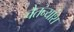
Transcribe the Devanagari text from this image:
चैतन्यांश